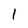
Character: 1